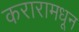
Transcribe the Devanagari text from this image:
करारामधून